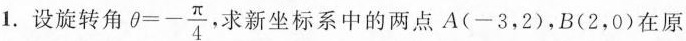
1.设旋转角 \theta=- \frac{\pi}{4} ，求新坐标系中的两点A(-3，2)，B(2，0)在原